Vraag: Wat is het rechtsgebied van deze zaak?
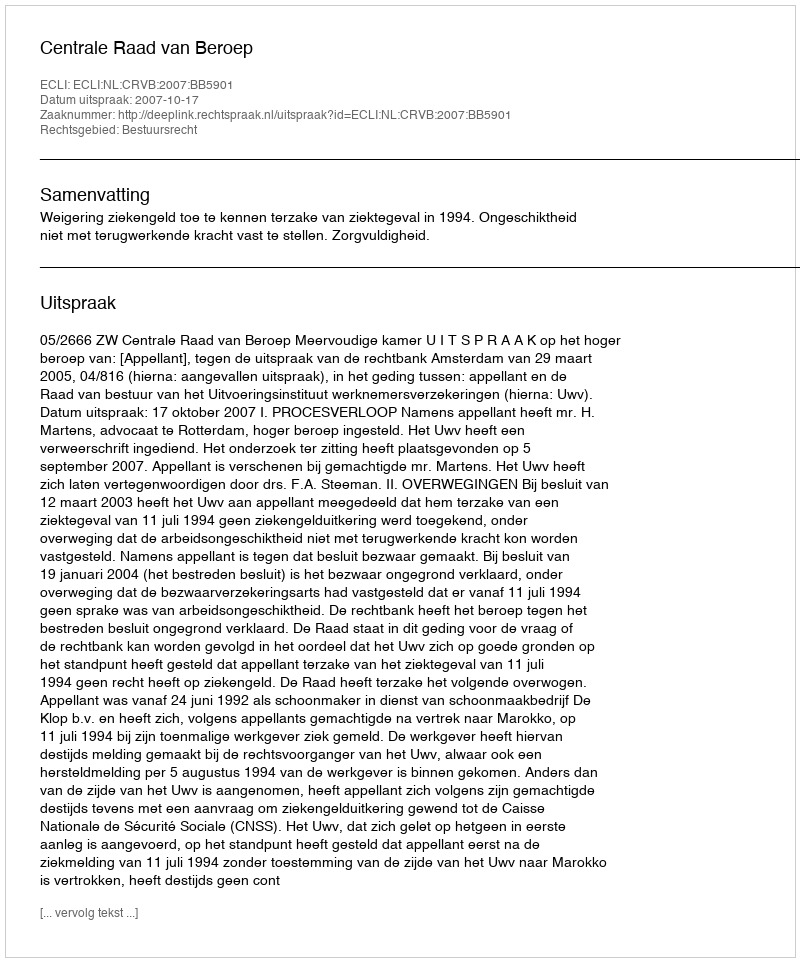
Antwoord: Bestuursrecht